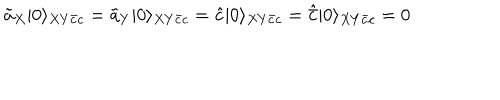
\tilde { a } _ { X } | 0 \rangle _ { X Y \bar { c } c } = \tilde { a } _ { Y } | 0 \rangle _ { X Y \bar { c } c } = \hat { c } | 0 \rangle _ { X Y \bar { c } c } = \hat { \bar { c } } | 0 \rangle _ { X Y \bar { c } c } = 0